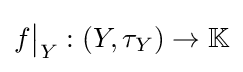
f{\big \vert }_{Y}:\left(Y,\tau _{Y}\right)\to \mathbb {K}